Vaccination in Bombay 1889-1901 - 1889-1901
Year: 1889
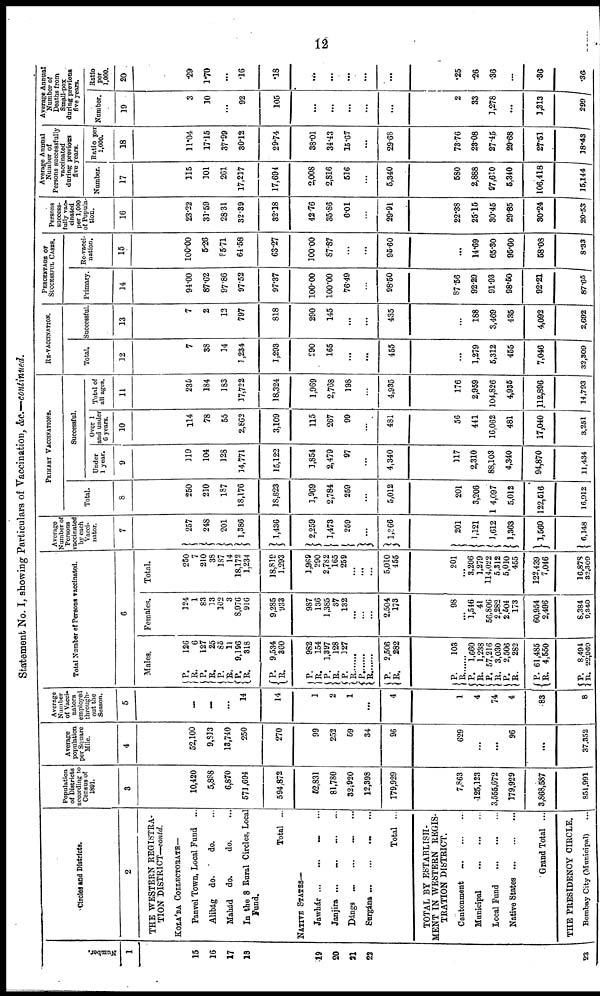
12
Statement No. I, showing Particulars of Vaccination, &c.—continued.
Number.
1
15
16
17
18
19
20
21
22
23
Circles and Districts.
2
THE WESTERN REGISTRA-
TION DISTRICT—contd.
KOLÁBA COLLECTORATE—
Panvel Town, Local Fund ...
Alibág do.
do. ...
Mahád
do.
do. ...
In the 8 Rural Circles, Local
Fund.
Total ...
NATIVE STATES—
Jawhár ... ... ... ...
Janjira ... ... ... ...
Dángs ... ... ... ...
Surgána ... ... ... ...
Total ...
TOTAL BY ESTABLISH-
MENT IN WESTERN REGIS-
TRATION DISTRICT.
Cantonment
...
...
...
Municipal ... ... ...
Local Fund
...
...
...
Native States
...
...
...
Grand Total ...
THE PRESIDENCY CIRCLE.
Bombay City (Municipal) ...
Population
of Districts
according to
Census of
1891.
3
10,420
5,888
6,870
571,694
594,872
52,831
81,780
32,920
12,398
179,929
7,863
125,123
3,555,672
179,929
3,868,587
851,991
Average
population
per Square
Mile.
4
52,100
9,813
13,740
250
270
99
252
59
34
96
629
...
...
96
...
37,352
Average
Number
of Vacci¬
nators
employed
through-
out the
Season.
5
...
...
...
14
14
1
2
1
...
4
1
4
74.
4
83
8
Total Number of Persons vaccinated.
6
Males.
P.
R.
P.
R.
P.
R.
P.
R.
P.
R.
P.
R.
P.
R. P.
R.
P.
R.
P.
R.
P.
R.
P.
R.
P. R.
P. R.
P.
R.
P. R.
126
6
127
25
85
11
9,196
318
9,534
360
982
154
1,397
128
127
......
......
......
2,506
282
103
......
1,660
1,238
57,216
3,030
2,506
282
61,485
4,550
8,494
22,969
Females.
124
1
83
13
102
3
8,976
916
9,285
933
987
136
1,385
37
132
...
...
...
2,504
173
98
...
1,546
41
56,806
2,282
2,504
173
60,954
2,496
8,384
9,340
Total.
250
7
210
38
187
14
18,172
1,234
18,819
1,293
1,969
290
2,782
165
259
...
...
...
5,010
455
201
...
3,206
1,279
114,022
5,312
5,010
455
122,439
7,046
16,878
32,309
Average
Number of
Persons
vaccinated
by each
Vacci¬
nator.
7
257
248
201
1,386
1,436
2,259
1,473
259
...
1,366
201
1,121
1,612
1,363
1,560
6,148
PRIMARY VACCINATIONS.
Total.
8
250
210
187
18,176
18,823
1,969
2,784
259
...
5,012
201
3,206
14,097
5,012
122,516
16,912
Successful.
Under
1 year.
9
119
104
128
14,771
15,122
1,854
2,479
97
...
4,340
117
2,310
88,103
4,340
94,870
11,434
Over 1
and under
6 years.
10
114
78
55
2,862
3,109
115
267
99
...
481
56
441
16,062
481
17,040
3,251
Total of
all ages.
11
235
184
183
17,722
18,324
1,969
2,768
198
...
4,935
176
2,959
104,826
4,935
112,896
14,793
RE-VACCINATION.
Total.
12
7
38
14
1,234
1,293
290
165
...
...
455
...
1,279
5,312
455
7,046
32,309
Successful.
13
7
2
12
797
818
290
145
...
...
435
...
188
3,469
435
4,092
2,692
PERCENTAGE OF
SUCCESSFUL CASES.
Primary.
14
94.00
87.62
97.86
97.52
97.37
100.00
100.00
76.49
...
98.50
87.56
92.29
91.93
98.50
92.21
87.65
Re-vacci-
nation.
15
100.00
5.26
85.71
64.58
63.27
100.00
87.87
...
...
96.60
...
14.69
65.30
95.60
58.08
8.33
Persons
success-
fully vac¬
cinated
per 1,000
of Popula-
tion.
16
23.22
31.59
28.31
32.39
32.18
42.76
35.86
6.01
...
29.91
22.38
25.15
30.45
29.85
30.24
20.53
Average Annual
Number of
Persons successfully
vaccinated
during previous
five years.
Number.
17
115
101
261
17,217
17,694
2,008
2,816
516
...
5,340
580
2,888
97,610
5,340
106,418
15,144
Ratio per
1,000.
18
11.04
17.15
37.99
30.12
29.74
38.01
34.43
15.67
...
29.68
73.76
23.08
27.45
29.68
27.51
18.43
Average Annual
Number of
Deaths from
Small-pox
during previous
five years.
Number.
19
3
10
...
92
105
...
...
...
...
...
2
33
1,278
...
1,313
299
Ratio
per
1,000.
20
.29
1.70
...
.16
.18
...
...
...
...
...
.25
.26
.36
...
.36
.36